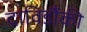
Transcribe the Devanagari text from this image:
द्राविडौंकी